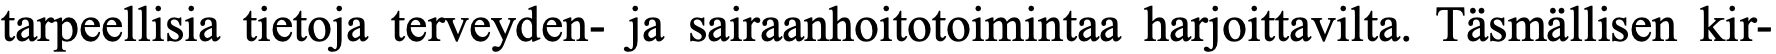
tarpeellisia tietoja terveyden- ja sairaanhoitotoimintaa harjoittavilta. Täsmällisen kir-